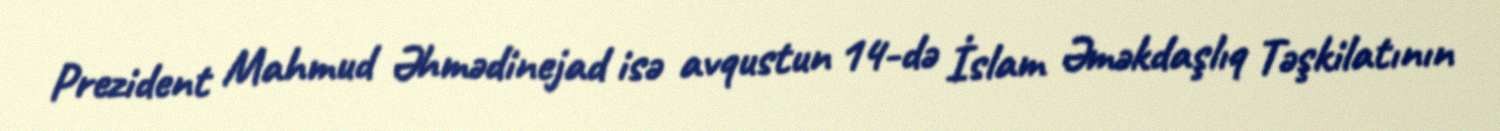
Prezident Mahmud Əhmədinejad isə avqustun 14-də İslam Əməkdaşlıq Təşkilatının